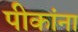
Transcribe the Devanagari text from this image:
पीकांना